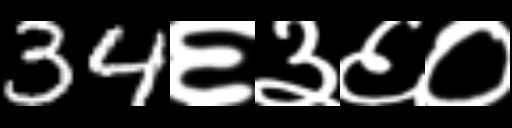
Text: 34६३६०